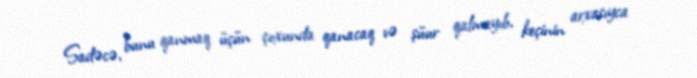
Sadəcə, bunu qanmaq üçün çoxunda qanacaq və şüur qalmayıb, keçinin arxasıyca